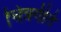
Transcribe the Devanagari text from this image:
चित्रगीते